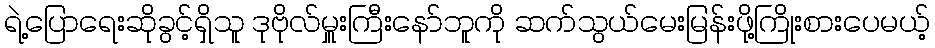
ရဲ့ပြောရေးဆိုခွင့်ရှိသူ ဒုဗိုလ်မှူးကြီးနော်ဘူကို ဆက်သွယ်မေးမြန်းဖို့ကြိုးစားပေမယ့်